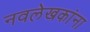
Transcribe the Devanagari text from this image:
नवलेखकांना